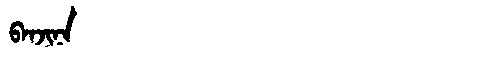
Manchu: ᠪᠠᠨᠵᡳᠨᠠ
Romanization: BANJINA